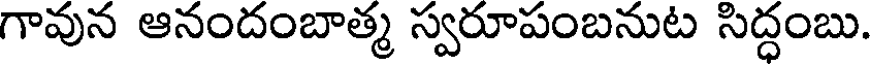
గావున ఆనందంబాత్మ స్వరూపంబనుట సిద్ధంబు.